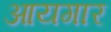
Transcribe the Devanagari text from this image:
आयगार